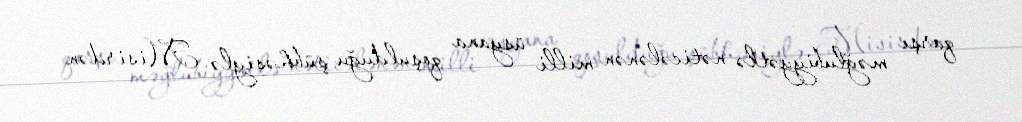
qarşı məğlubiyyətlə nəticələnən milli üsyana qoşulduğu şübhəsiylə Misirdən